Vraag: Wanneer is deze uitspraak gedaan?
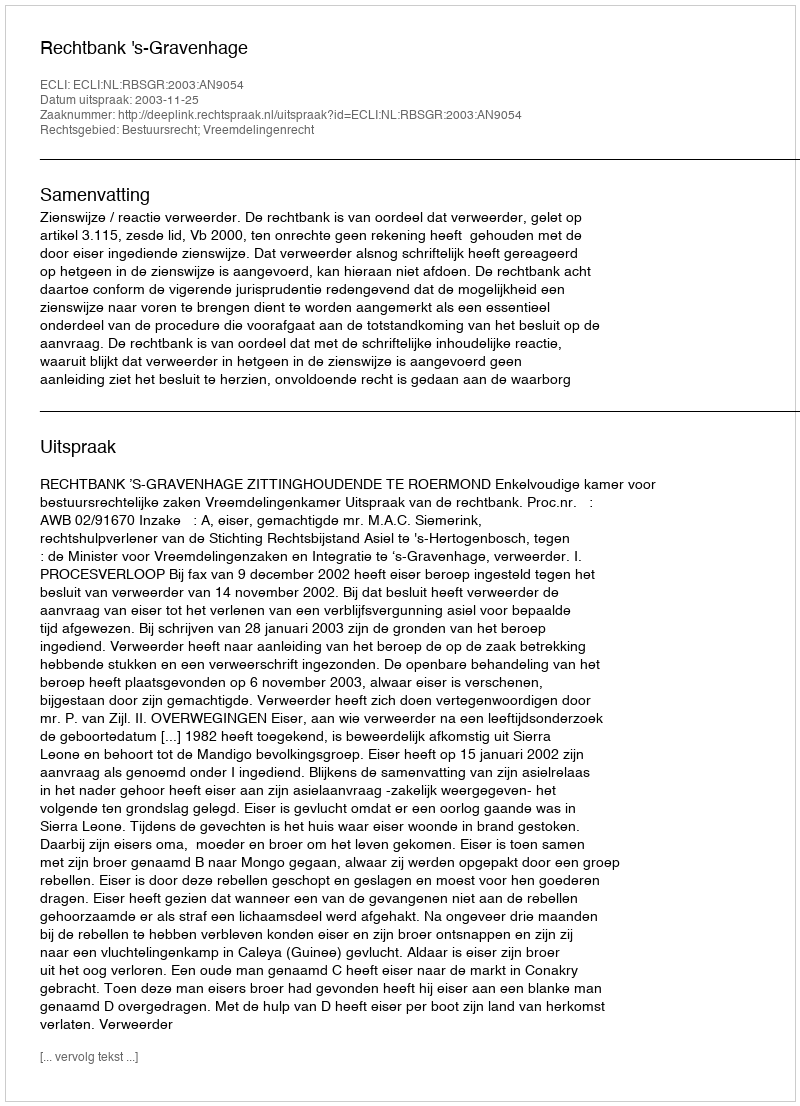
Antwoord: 2003-11-25